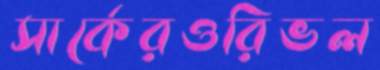
সার্কেরওরিভল